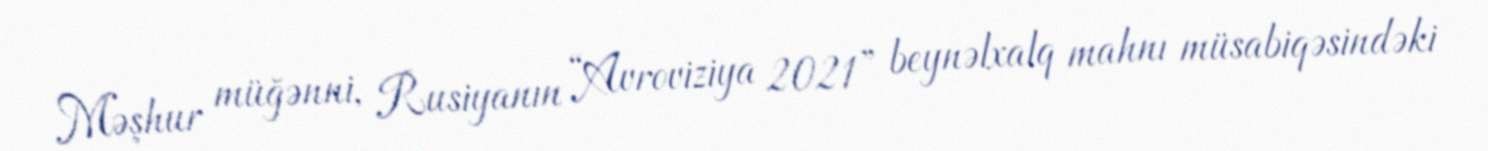
Məşhur müğənni, Rusiyanın “Avroviziya 2021” beynəlxalq mahnı müsabiqəsindəki